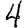
Digit: 4